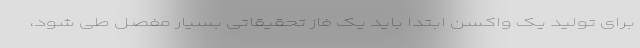
برای تولید یک واکسن ابتدا باید یک فاز تحقیقاتی بسیار مفصل طی شود،